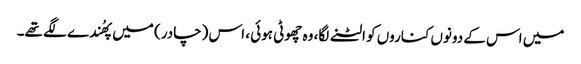
میں اس کے دونوں کناروں کو الٹنے لگا، وہ چھوٹی ہوئی ، اس (چادر) میں پھُندے لگے تھے۔